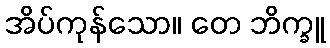
အိပ်ကုန်သော။ တေ ဘိက္ခူ